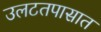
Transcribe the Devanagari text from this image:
उलटतपासात